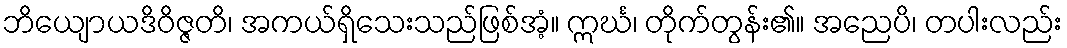
ဘိယျောယဒိဝိဇ္ဇတိ၊ အကယ်ရှိသေးသည်ဖြစ်အံ့။ ဣင်္ဃ၊ တိုက်တွန်း၏။ အညေပိ၊ တပါးလည်း